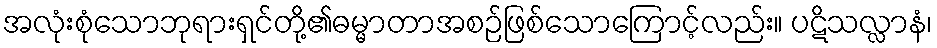
အလုံးစုံသောဘုရားရှင်တို့၏ဓမ္မာတာအစဉ်ဖြစ်သောကြောင့်လည်း။ ပဋိသလ္လာနံ၊